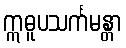
ဣဓူပသင်္ကမန္တာ